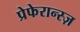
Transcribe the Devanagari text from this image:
प्रेफेरान्स्ज़